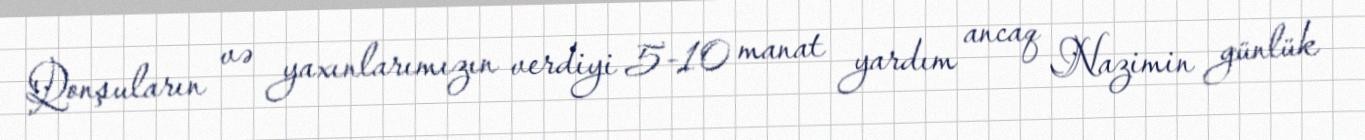
Qonşuların və yaxınlarımızın verdiyi 5-10 manat yardım ancaq Nazimin günlük